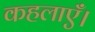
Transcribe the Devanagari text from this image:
कहलाएँ।